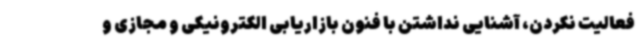
فعالیت نکردن، آشنایی نداشتن با فنون بازاریابی الکترونیکی و مجازی و